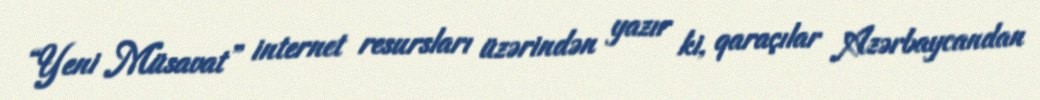
“Yeni Müsavat” internet resursları üzərindən yazır ki, qaraçılar Azərbaycandan